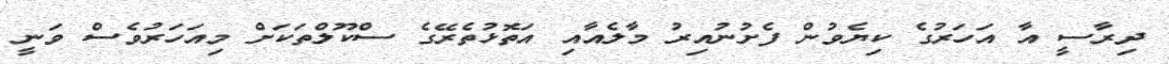
ދިރާސީ އާ އަހަރުގެ ކިޔެވުން ފެށުނުއިރު މާލެއާއި އަތޮޅުތެރޭގެ ސްކޫލްތަކަށް މިއަހަރުވެސް ވަނީ